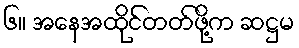
၆။ အနေအထိုင်တတ်ဖို့က ဆဋ္ဌမ